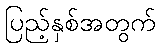
ပြည့်နှစ်အတွက်